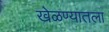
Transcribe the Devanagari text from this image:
खेळण्यातला